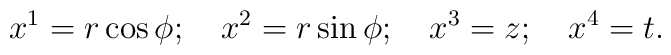
x^1=r\cos \phi ;\quad x^2=r\sin \phi ;\quad x^3=z;\quad x^4=t.